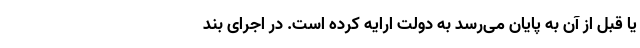
یا قبل از آن به پایان می‌رسد به دولت ارایه کرده است. در اجرای بند